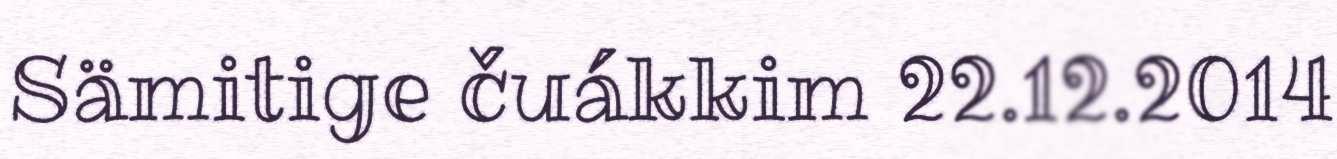
Sämitige čuákkim 22.12.2014